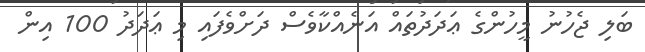
ބަލި ޖެހުނު މީހުންގެ ޢަދަދުތައް އަނެއްކާވެސް ދަށްވެފައި މި ޢަދަދު 100 އިން